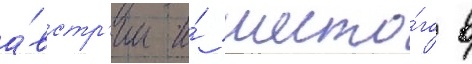
а́встр'ии и́ шесто́го в